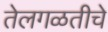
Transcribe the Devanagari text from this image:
तेलगळतीचे